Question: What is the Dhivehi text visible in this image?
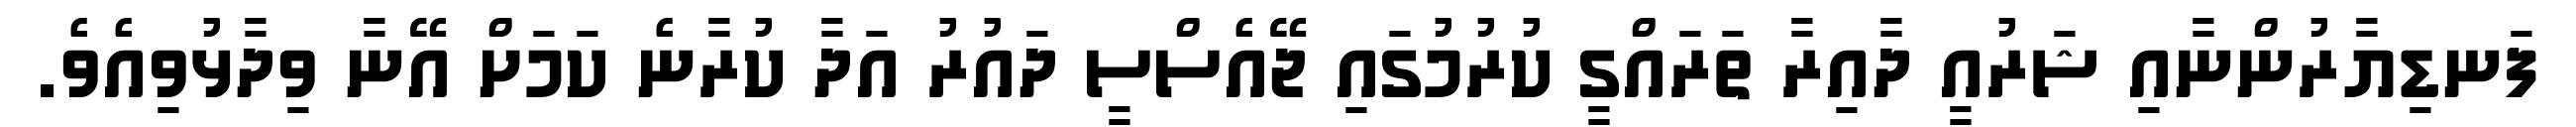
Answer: ފަނޑިޔާރުންނާއި ޝަރުއީ ދާއިރާ ތަރައްގީ ކުރުމުގައި ޖޭއެސްސީ ދައުރު އަދާ ކުރާނެ ކަމަށް އޭނާ ވިދާޅުވިއެވެ.